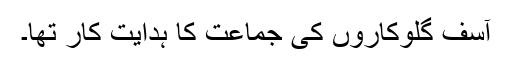
آسف گلوکاروں کی جماعت کا ہدایت کار تھا۔